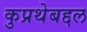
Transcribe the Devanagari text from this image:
कुप्रथेबद्दल